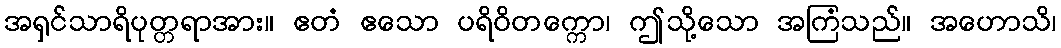
အရှင်သာရိပုတ္တရာအား။ ဧတံ ဧသော ပရိဝိတက္ကော၊ ဤသို့သော အကြံသည်။ အဟောသိ၊